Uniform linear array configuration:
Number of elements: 4
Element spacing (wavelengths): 1
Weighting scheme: kaiser
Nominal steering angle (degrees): -60
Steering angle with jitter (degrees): -58.278
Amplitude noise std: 0.05
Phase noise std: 0.05

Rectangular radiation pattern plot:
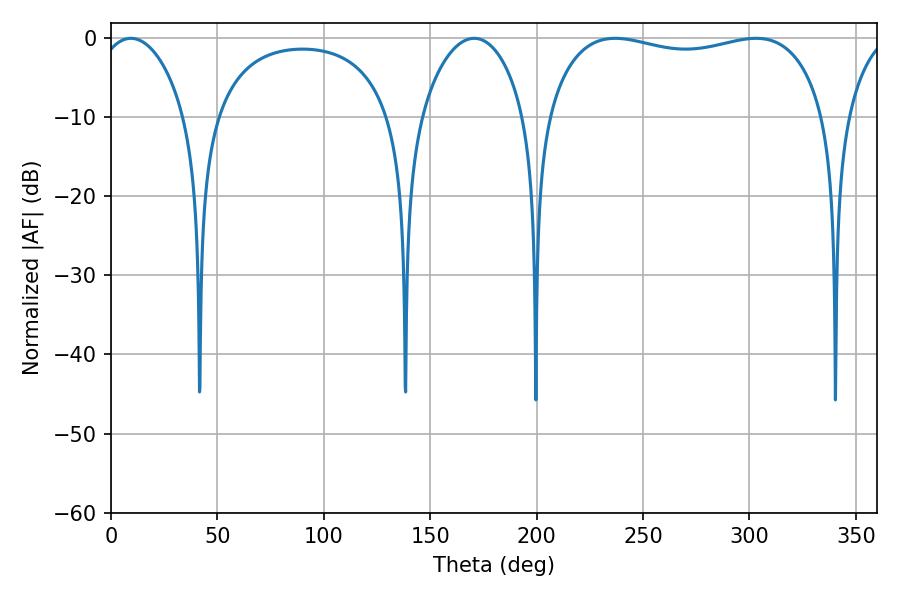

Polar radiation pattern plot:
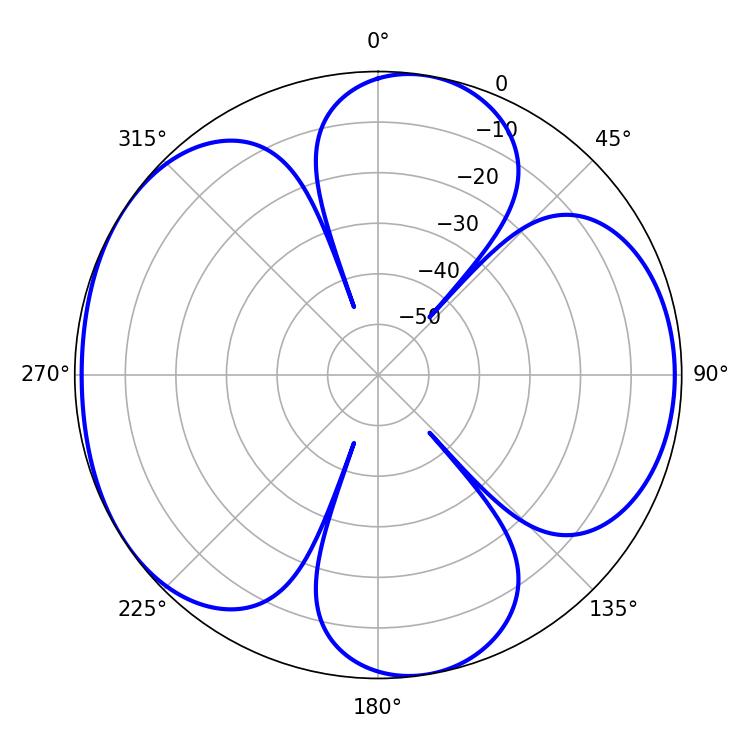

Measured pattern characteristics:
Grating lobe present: TRUE
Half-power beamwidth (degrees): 106.2
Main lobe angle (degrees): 236.88